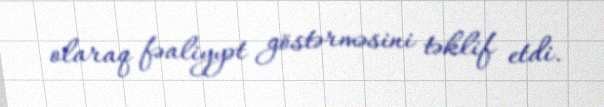
olaraq fəaliyyət göstərməsini təklif etdi.